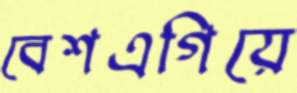
বেশএগিয়ে